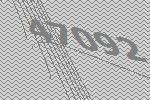
47092